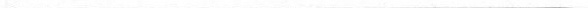
___